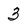
Character: 3